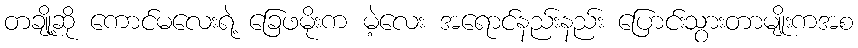
တချို့ဆို ကောင်မလေးရဲ့ ခြေဖမိုးက မဲ့လေး အရောင်နည်းနည်း ပြောင်းသွားတာမျိုးကအစ